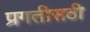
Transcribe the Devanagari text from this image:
प्रगतीसठी